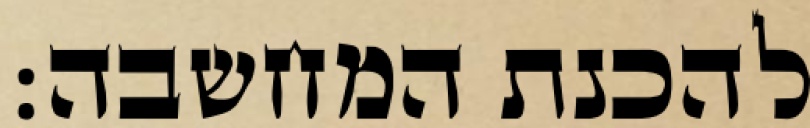
להכנת המחשבה: